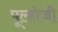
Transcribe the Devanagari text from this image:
पूल्होजी